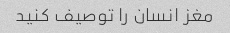
مغز انسان را توصیف کنید